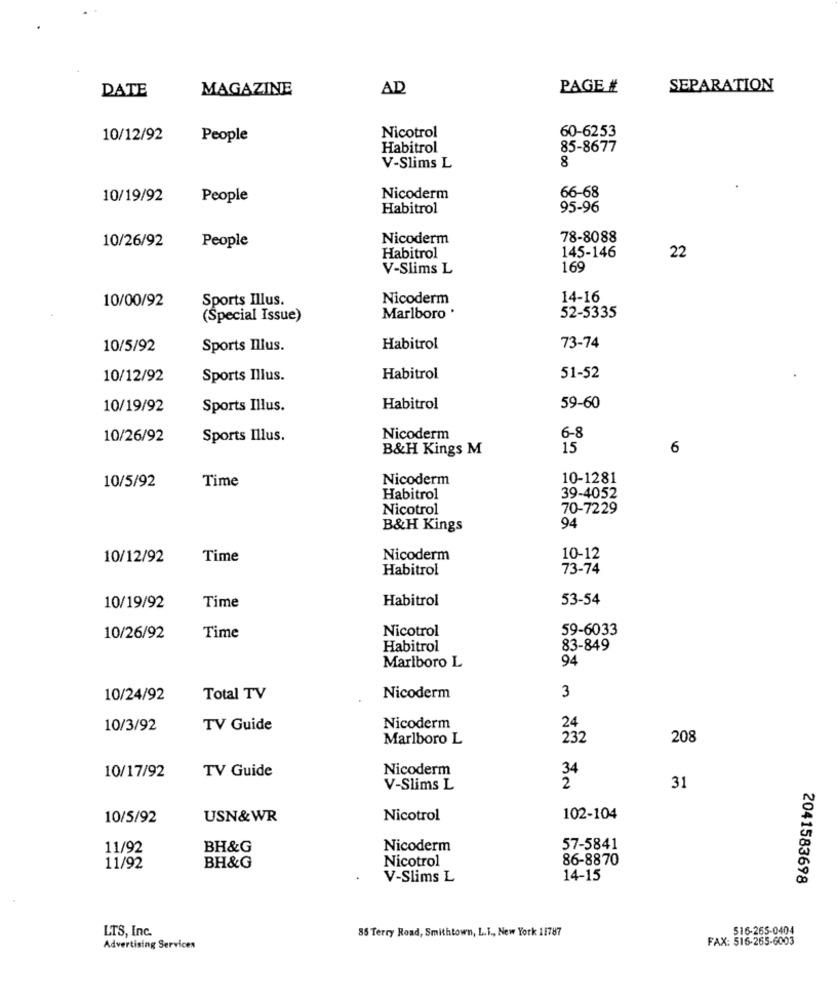
DATE
MAGAZINE
AD
PAGE #
SEPARATION
60-6253
10/12/92
People
Nicotrol
Habitrol
85-8677
8
V-Slims L
10/19/92
People
Nicoderm
66-68
Habitrol
95-96
10/26/92
Nicoderm
78-8088
People
145-146
22
Habitrol
V-Slims L
169
10/00/92
Sports Illus.
Nicoderm
14-16
(Special Issue)
Marlboro '
52-5335
10/5/92
Sports Illus.
Habitrol
73-74
10/12/92
Sports Illus.
Habitrol
51-52
10/19/92
Sports Illus.
Habitrol
59-60
10/26/92
Sports Illus.
Nicoderm
6-8
B&H Kings M
15
6
Time
Nicoderm
10-1281
10/5/92
Habitrol
39-4052
Nicotrol
70-7229
B&H Kings
94
10/12/92
Time
Nicoderm
10-12
Habitrol
73-74
Time
Habitrol
53-54
10/19/92
Nicotrol
59-6033
10/26/92
Time
Habitrol
83-849
Marlboro L
94
10/24/92
Total TV
Nicoderm
3
10/3/92
TV Guide
Nicoderm
24
Marlboro L
232
208
TV Guide
Nicoderm
34
10/17/92
2
V-Slims L
31
10/5/92
USN& WR
Nicotrol
102-104
11/92
BH&G
Nicoderm
57-5841
Nicotrol
86-8870
11/92
BH&G
V-Slims L
14-15
2041583698
LTS, Inc.
85 Terry Road, Smithtown, L.T ., New York 11787
516-265-0404
FAX: 516-265-6003
Advertising Services